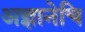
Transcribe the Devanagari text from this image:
अज्ञानेचि